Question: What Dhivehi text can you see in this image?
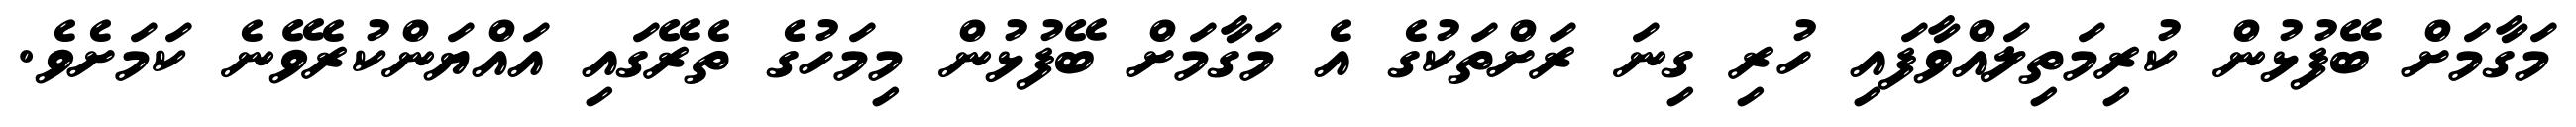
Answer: މަގާމަށް ބޭފުޅުން ކުރިމަތިލައްވާފައި ހުރި ގިނަ ރަށްތަކުގެ އެ މަގާމަށް ބޭފުޅުން މިމަހުގެ ތެރޭގައި އައްޔަންކުރެވޭނެ ކަމަށެވެ.